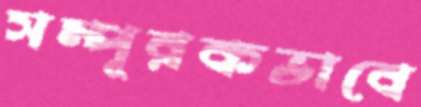
সম্পূরকভাবে